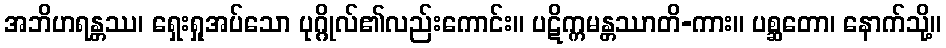
အဘိဟရန္တဿ၊ ရှေးရှုအပ်သော ပုဂ္ဂိုလ်၏လည်းကောင်း။ ပဋိက္ကမန္တဿာတိ-ကား။ ပစ္ဆတော၊ နောက်သို့။